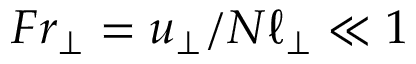
F r _ { \perp } = u _ { \perp } / N \ell _ { \perp } \ll 1